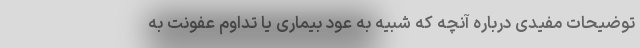
توضیحات مفیدی درباره آنچه که شبیه به عود بیماری یا تداوم عفونت به